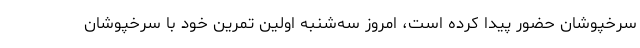
سرخپوشان حضور پیدا کرده است، امروز سه‌شنبه اولین تمرین خود با سرخپوشان